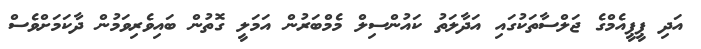
އަދި ޕީޕީއެމްގެ ޖަލްސާތަކުގައި އަދާލަތު ކައުންސިލް މެމްބަރުން އަމަލީ ގޮތުން ބައިވެރިވަމުން ދާކަމަށްވެސް